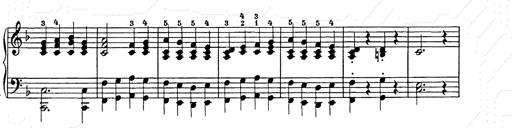
Title: Weihnachtsbaum
Composer: Franz Liszt